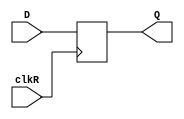
module REG8 (
    input clkR,
    input [7:0] D,
    output reg [7:0] Q
);
    initial begin
        Q = 8'b0;
    end

    always @(posedge clkR) begin
        Q = D;
    end

endmodule